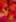
لا